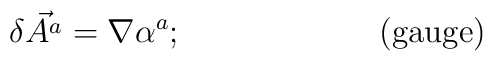
\delta\vec{A^{a}}= \nabla\alpha^{a};\qquad\qquad\qquad {\rm (gauge)}